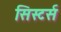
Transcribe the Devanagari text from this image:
सिस्टर्स